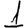
Digit: 1